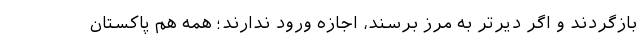
بازگردند و اگر دیرتر به مرز برسند، اجازه ورود ندارند؛ همه هم پاکستان